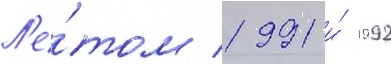
Л'е́том 1991 и́ 1992